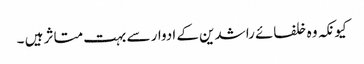
کیونکہ وہ خلفائے راشدین کے ادوار سے بہت متاثر ہیں ۔